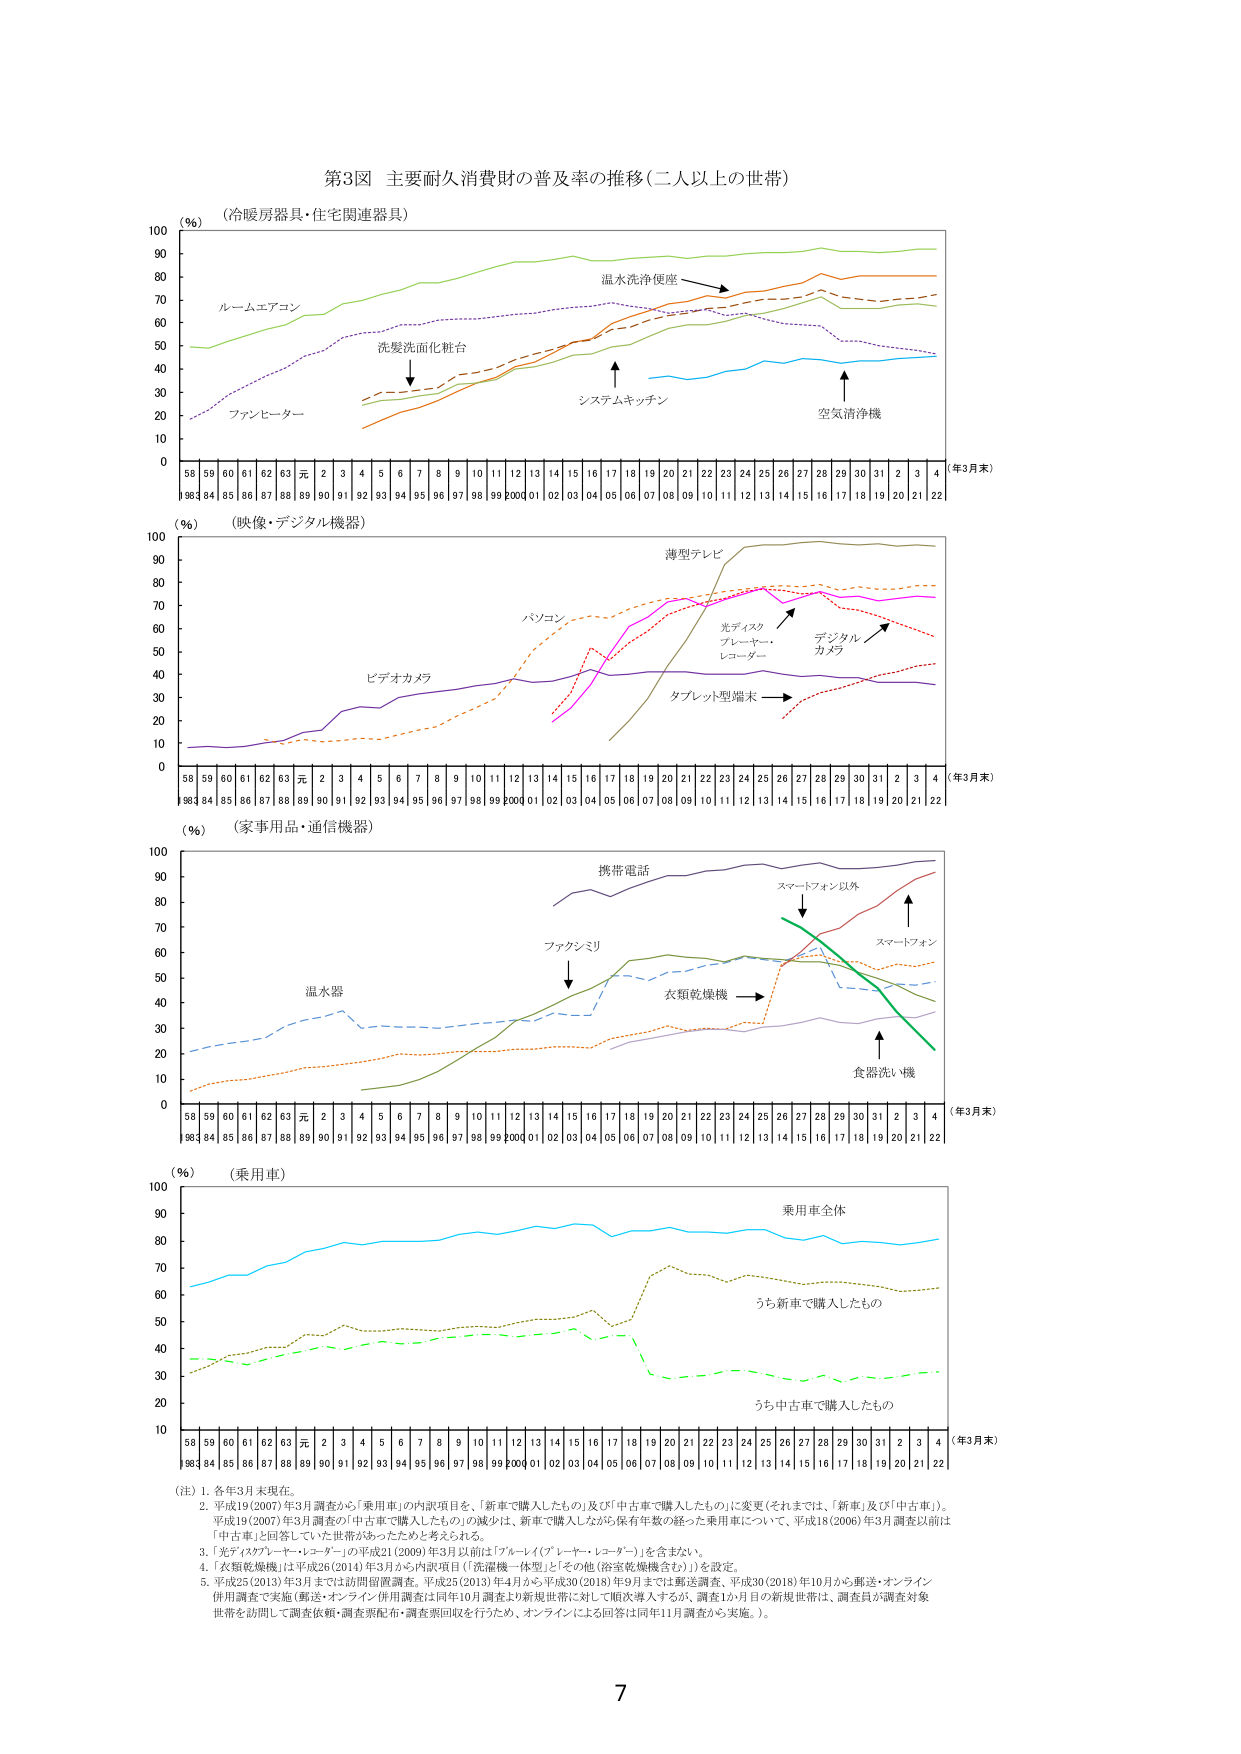
第3図 主要耐久消費財の普及率の推移（二人以上の世帯）

（冷暖房器具・住宅関連器具）
（％）
ルームエアコン
ファンヒーター
洗髪洗面化粧台
温水洗浄便座
システムキッチン
空気清浄機
（年3月末）
58 59 60 61 62 63 元 2 3 4 5 6 7 8 9 10 11 12 13 14 15 16 17 18 19 20 21 22 23 24 25 26 27 28 29 30 31 2 3 4
98 84 85 86 87 88 89 90 91 92 93 94 95 96 97 98 99 00 01 02 03 04 05 06 07 08 09 10 11 12 13 14 15 16 17 18 19 20 21 22

（映像・デジタル機器）
（％）
ビデオカメラ
パソコン
薄型テレビ
光ディスクプレーヤー・レコーダー
デジタルカメラ
タブレット型端末
（年3月末）
58 59 60 61 62 63 元 2 3 4 5 6 7 8 9 10 11 12 13 14 15 16 17 18 19 20 21 22 23 24 25 26 27 28 29 30 31 2 3 4
98 84 85 86 87 88 89 90 91 92 93 94 95 96 97 98 99 00 01 02 03 04 05 06 07 08 09 10 11 12 13 14 15 16 17 18 19 20 21 22

（家事用品・通信機器）
（％）
温水器
ファクシミリ
携帯電話
スマートフォン以外
スマートフォン
衣類乾燥機
食器洗い機
（年3月末）
58 59 60 61 62 63 元 2 3 4 5 6 7 8 9 10 11 12 13 14 15 16 17 18 19 20 21 22 23 24 25 26 27 28 29 30 31 2 3 4
98 84 85 86 87 88 89 90 91 92 93 94 95 96 97 98 99 00 01 02 03 04 05 06 07 08 09 10 11 12 13 14 15 16 17 18 19 20 21 22

（乗用車）
（％）
乗用車全体
うち新車で購入したもの
うち中古車で購入したもの
（年3月末）
58 59 60 61 62 63 元 2 3 4 5 6 7 8 9 10 11 12 13 14 15 16 17 18 19 20 21 22 23 24 25 26 27 28 29 30 31 2 3 4
98 84 85 86 87 88 89 90 91 92 93 94 95 96 97 98 99 00 01 02 03 04 05 06 07 08 09 10 11 12 13 14 15 16 17 18 19 20 21 22

（注）1. 各年3月末現在。
2. 平成19（2007）年3月調査から「乗用車」の内訳項目を、「新車で購入したもの」及び「中古車で購入したもの」に変更（それまでは、「新車」及び「中古車」）。
　　平成19（2007）年3月調査の「中古車で購入したもの」の減少は、新車で購入しながら保有年数の経った乗用車について、平成18（2006）年3月調査以前は
　　「中古車」と回答していた世帯があったためと考えられる。
3. 「光ディスクプレーヤー・レコーダー」の平成21（2009）年3月以前は「ブルーレイ（プレーヤー・レコーダー）」を含まない。
4. 「衣類乾燥機」は平成26（2014）年3月から内訳項目（「洗濯機一体型」と「その他（浴室乾燥機含む）」）を設定。
5. 平成25（2013）年3月までは訪問留置調査。平成25（2013）年4月から平成30（2018）年9月までは郵送調査、平成30（2018）年10月から郵送・オンライン
　　併用調査で実施（郵送・オンライン併用調査は同年10月調査より新規世帯に対して順次導入するが、調査1か月目の新規世帯は、調査員が調査対象
　　世帯を訪問して調査依頼・調査票配布・調査票回収を行うため、オンラインによる回答は同年11月調査から実施。）。

7